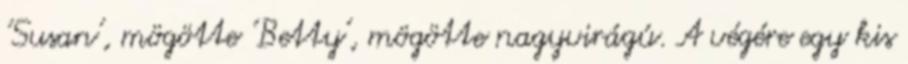
'Susan', mögötte 'Betty', mögötte nagyvirágú. A végére egy kis